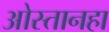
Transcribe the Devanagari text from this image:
ओस्तानहा